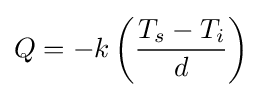
Q=-k\left({\frac {T_{s}-T_{i}}{d}}\right)